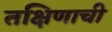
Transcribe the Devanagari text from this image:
तक्षिणाची